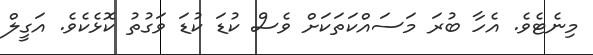
މިނެޓެވެ. އެހާ ބުރަ މަސައްކަތަކަށް ވެސް ކުޑަ ކުޑަ ވަގުތު ކޮޅެކެވެ. އަގީލް